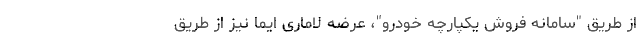
از طریق "سامانه فروش یکپارچه خودرو"، عرضه لاماری ایما نیز از طریق